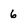
Character: 6